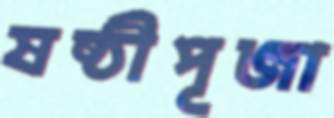
ষষ্ঠীপূজা